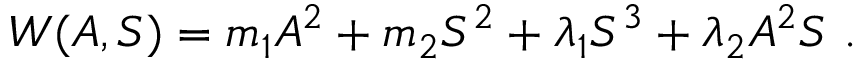
W ( A , S ) = m _ { 1 } A ^ { 2 } + m _ { 2 } S ^ { 2 } + \lambda _ { 1 } S ^ { 3 } + \lambda _ { 2 } A ^ { 2 } S ~ .